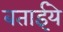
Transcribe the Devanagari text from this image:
बताईये